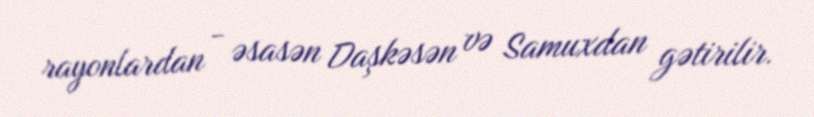
rayonlardan - əsasən Daşkəsən və Samuxdan gətirilir.